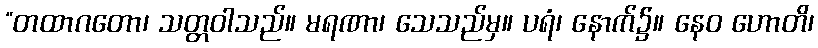
“တထာဂတော၊ သတ္တဝါသည်။ မရဏာ၊ သေသည်မှ။ ပရံ၊ နောက်၌။ နေဝ ဟောတိ၊